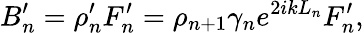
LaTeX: B_{n}^{\prime}=\rho_{n}^{\prime}F_{n}^{\prime}=\rho_{n+1}\gamma_{n}e^{2ikL_{n}}F_{n}^{\prime},